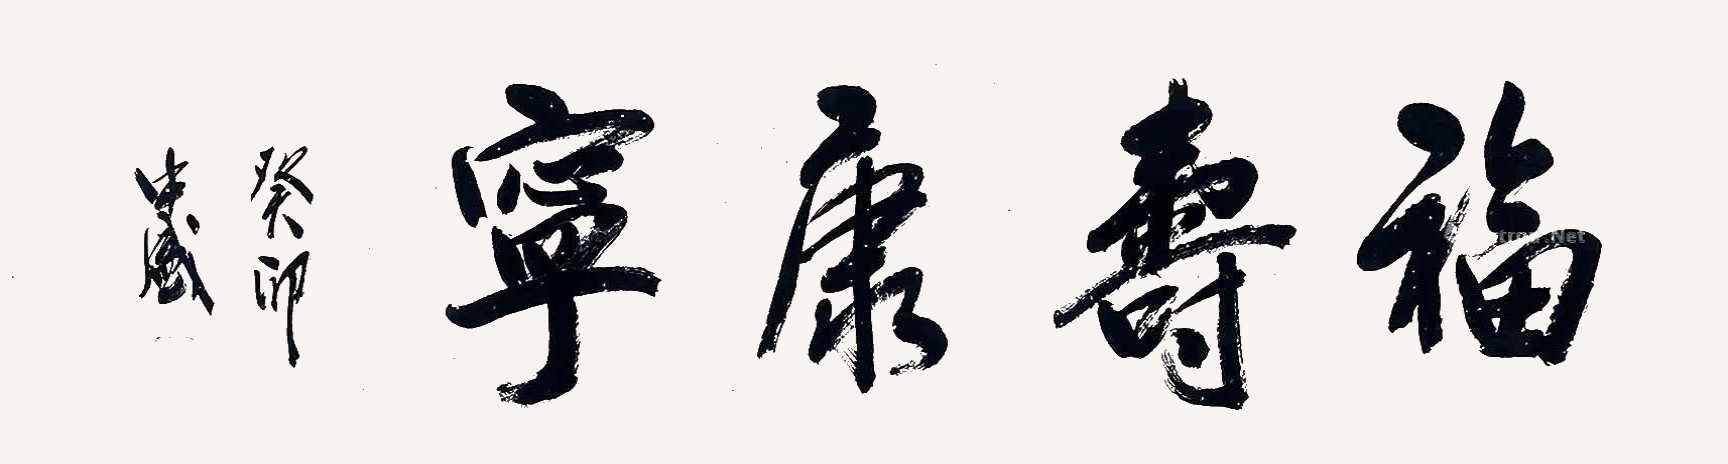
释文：福寿康宁向中盛